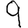
Digit: 9